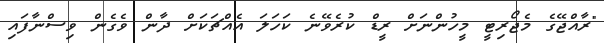
"ރާއްޖޭގެ މެޖޯރިޓީ މީހުންނަށް ރީޑް ކުރެވޭނެ ކަހަލަ އެއްޗަކަށް ދާން ވެގެން ވިސްނާފައި